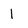
Character: 1